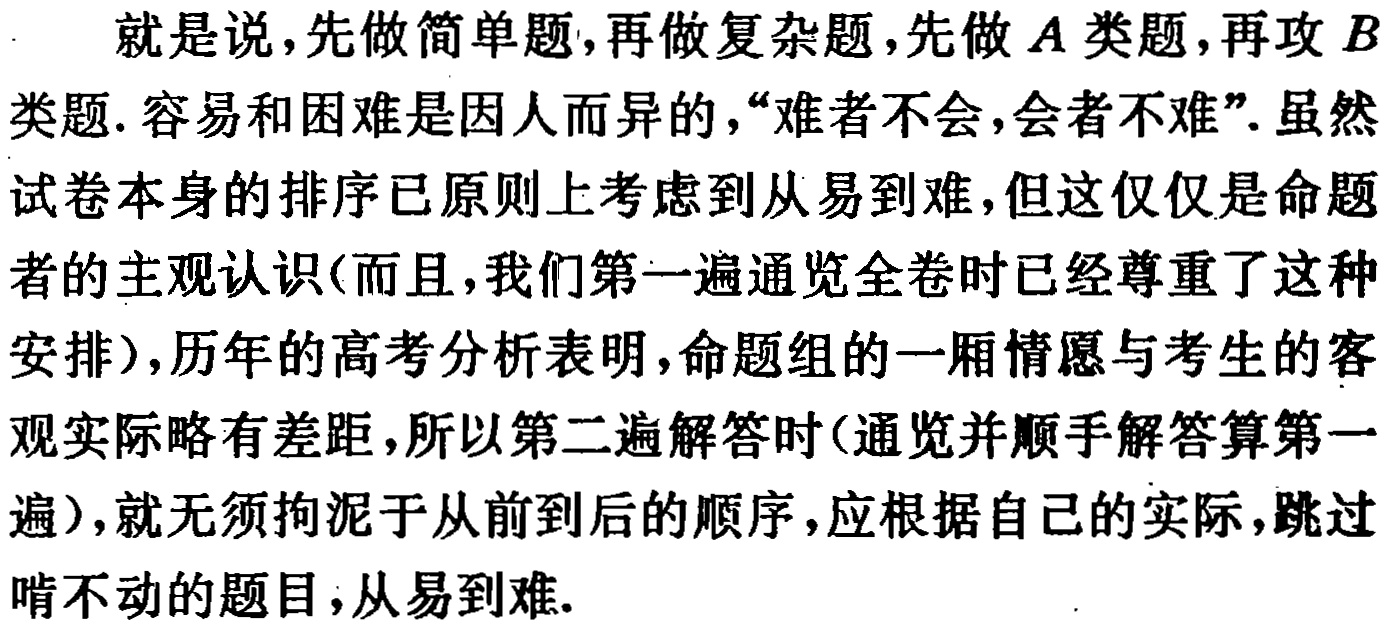
就是说，先做简单题，再做复杂题，先做\(A\)类题，再攻\(B\)类题. 容易和困难是因人而异的，“难者不会，会者不难”. 虽然试卷本身的排序已原则上考虑到从易到难，但这仅仅是命题者的主观认识(而且，我们第一遍通览全卷时已经尊重了这种安排)，历年的高考分析表明，命题组的一厢情愿与考生的客观实际略有差距，所以第二遍解答时(通览并顺手解答算第一遍)，就无须拘泥于从前到后的顺序，应根据自己的实际，跳过啃不动的题目，从易到难.